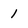
Character: 1